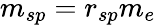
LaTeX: m_{sp}=r_{sp}m_{e}